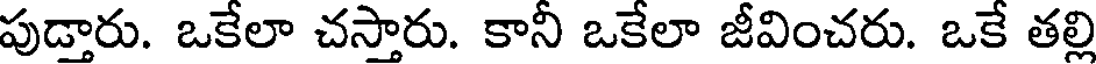
పుడ్తారు. ఒకేలా చస్తారు. కానీ ఒకేలా జీవించరు. ఒకే తల్లి